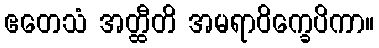
ဧတေသံ အတ္ထီတိ အမရာဝိက္ခေပိကာ။